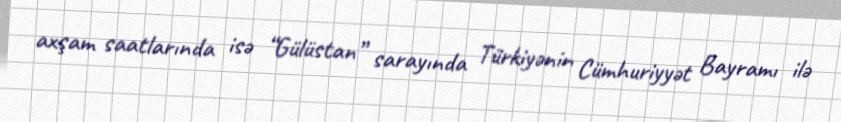
axşam saatlarında isə “Gülüstan” sarayında Türkiyənin Cümhuriyyət Bayramı ilə